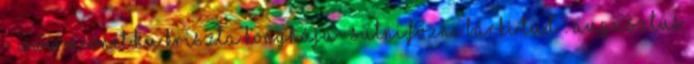
- www.mconet.hu Kriszta konyhája- Sütni,főzni bárki tud : augusztus